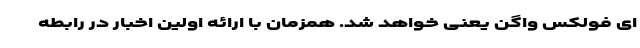
ای فولکس واگن یعنی خواهد شد. همزمان با ارائه اولین اخبار در رابطه